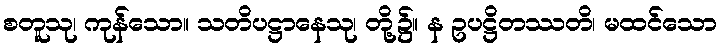
စတူသု၊ ကုန်သော။ သတိပဋ္ဌာနေသု၊ တို့၌။ န ဥပဋ္ဌိတဿတိ၊ မထင်သော